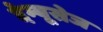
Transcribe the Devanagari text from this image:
देम्यूसेज